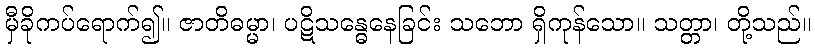
မှီခိုကပ်ရောက်၍။ ဇာတိဓမ္မာ၊ ပဋိသန္ဓေနေခြင်း သဘော ရှိကုန်သော။ သတ္တာ၊ တို့သည်။